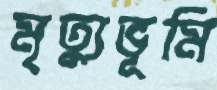
মৃত্যুভূমি